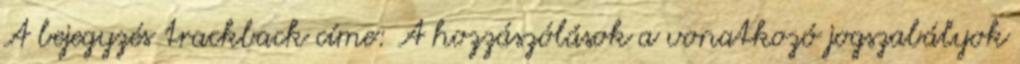
A bejegyzés trackback címe: A hozzászólások a vonatkozó jogszabályok